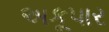
અકૂપાર